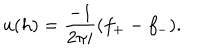
u ( h ) = \frac { - 1 } { 2 \pi i } ( f _ { + } - f _ { - } ) .